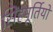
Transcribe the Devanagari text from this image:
सिंहमूर्तियों